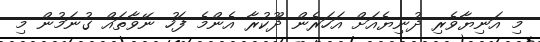
މި އަނިޔާވެރި ދުނިޔެއަށް އަހަރެން ދޫކުރާ އެންމެ ފަހު ނޭވާތައް ގުނަމުން މި